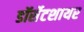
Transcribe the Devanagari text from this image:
डॉर्सेटशायर